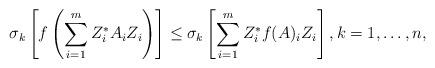
LaTeX: \begin{align*}\sigma_k \left[f\left( \sum_{i=1}^m Z^*_i A_iZ_i \right)\right]\le \sigma_k\left[ \sum_{i=1}^m Z^*_i f(A)_iZ_i \right], k=1,\ldots,n,\end{align*}